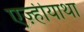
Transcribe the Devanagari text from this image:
एज़्हीयाथा